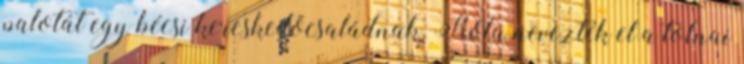
palotát egy bécsi kereskedőcsaládnak. Róla nevezték el a tolnai